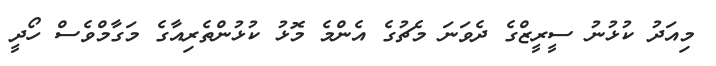
މިއަދު ކުޅުނު ސީރީޒްގެ ދެވަނަ މެޗުގެ އެންމެ މޮޅު ކުޅުންތެރިއާގެ މަގާމްވެސް ހޯދީ